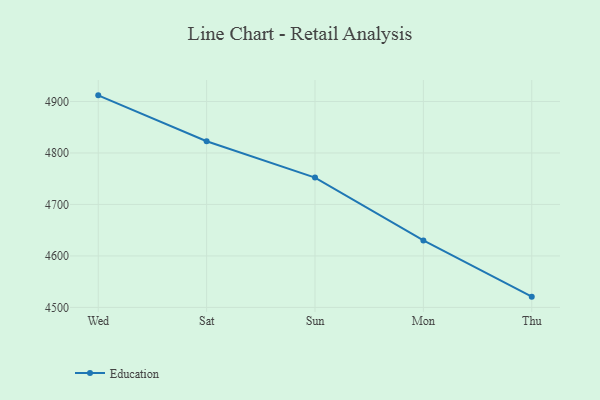
{"axis": {"x": "Day", "y": "Operating Costs (USD K)"}, "legend": ["Education"], "data": [{"x": "Wed", "y": 4911.9, "type": "Education"}, {"x": "Sat", "y": 4822.7, "type": "Education"}, {"x": "Sun", "y": 4752.1, "type": "Education"}, {"x": "Mon", "y": 4630.0, "type": "Education"}, {"x": "Thu", "y": 4520.9, "type": "Education"}]}